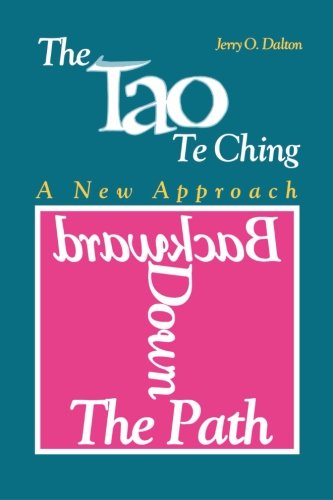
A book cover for Backward Down the Path: A New Approach to the Tao Te Ching; Jerry O Dalton; Religion & Spirituality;